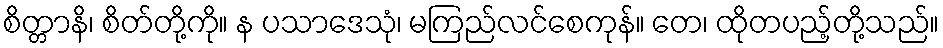
စိတ္တာနိ၊ စိတ်တို့ကို။ န ပသာဒေသုံ၊ မကြည်လင်စေကုန်။ တေ၊ ထိုတပည့်တို့သည်။